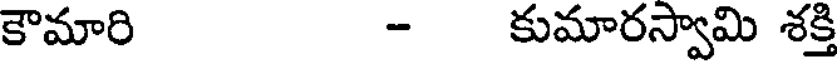
కౌమారి - కుమారస్వామి శక్తి